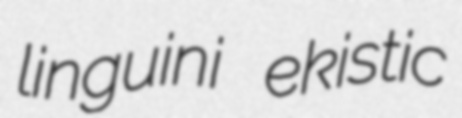
linguini ekistic